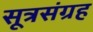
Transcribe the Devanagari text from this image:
सूत्रसंग्रह